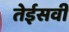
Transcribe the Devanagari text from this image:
तेईसवीं